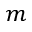
m